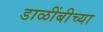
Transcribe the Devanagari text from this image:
डाळींबीच्या